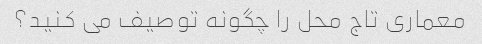
معماری تاج محل را چگونه توصیف می کنید؟